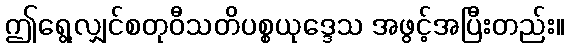
ဤရွေ့လျှင်စတုဝီသတိပစ္စယုဒ္ဒေသ အဖွင့်အပြီးတည်း။